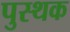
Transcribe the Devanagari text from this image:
पुस्थक